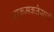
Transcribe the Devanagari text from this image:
आक्रमकतेसाठी